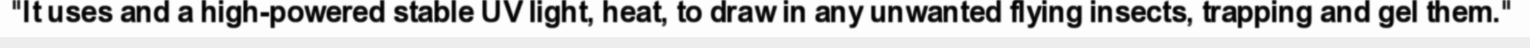
"It uses and a high-powered stable UV light, heat, to draw in any unwanted flying insects, trapping and gel them."